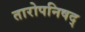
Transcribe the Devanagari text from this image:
तारोपनिषद्